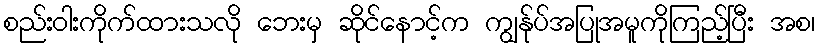
စည်းဝါးကိုက်ထားသလို ဘေးမှ ဆိုင်နောင့်က ကျွန်ုပ်အပြုအမူကိုကြည့်ပြီး အစ၊